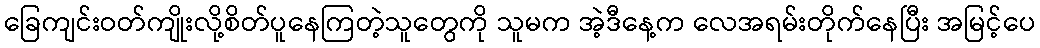
ခြေကျင်းဝတ်ကျိုးလို့စိတ်ပူနေကြတဲ့သူတွေကို သူမက အဲ့ဒီနေ့က လေအရမ်းတိုက်နေပြီး အမြင့်ပေ